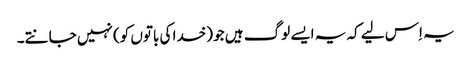
یہ اِس لیے کہ یہ ایسے لوگ ہیں جو (خدا کی باتوں کو) نہیں جانتے۔